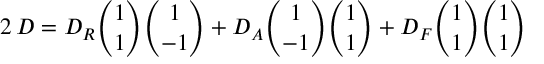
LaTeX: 2 \, D = D _ { R } { \binom { 1 } { 1 } } { \binom { 1 } { - 1 } } + D _ { A } { \binom { 1 } { - 1 } } { \binom { 1 } { 1 } } + D _ { F } { \binom { 1 } { 1 } } { \binom { 1 } { 1 } }